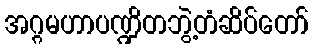
အဂ္ဂမဟာပဏ္ဍိတဘွဲ့တံဆိပ်တော်